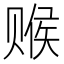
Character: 𬥽